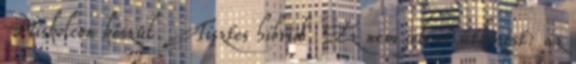
Miskolcon készül. Tisztes hibrid. Ez nem jelent ütközést: az